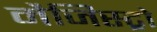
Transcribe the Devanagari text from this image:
मैजिस्ट्रो